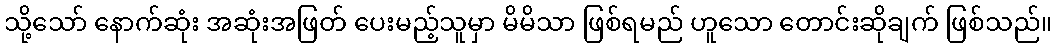
သို့သော် နောက်ဆုံး အဆုံးအဖြတ် ပေးမည့်သူမှာ မိမိသာ ဖြစ်ရမည် ဟူသော တောင်းဆိုချက် ဖြစ်သည်။